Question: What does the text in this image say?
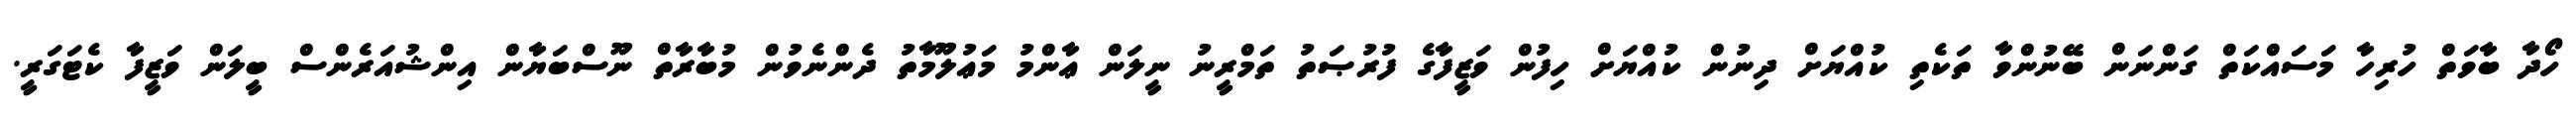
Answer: ހޯދާ ބާވަތް ހުރިހާ މަސައްކަތް ގަންނަން ބޭނުންވާ ތަކެތި ކުއްޔަށް ދިނުން ކުއްޔަށް ހިފުން ވަޒީފާގެ ފުރުޞަތު ތަމްރީނު ނީލަން ޢާންމު މަޢުލޫމާތު ދެންނެވުން މުބާރާތް ނޫސްބަޔާން އިންޝުއަރެންސް ބީލަން ވަޒީފާ ކެޓަގަރީ.